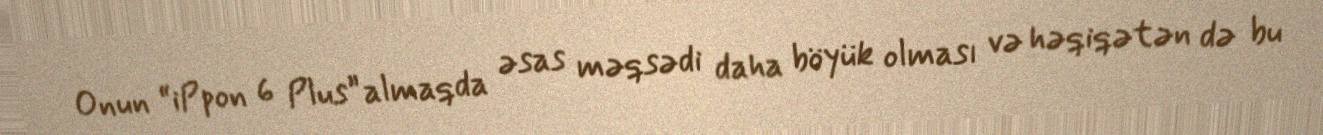
Onun “iPpon 6 Plus” almaqda əsas məqsədi daha böyük olması və həqiqətən də bu